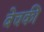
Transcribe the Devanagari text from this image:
बेचकी